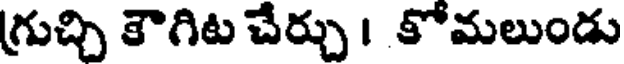
గ్రుచ్చి కౌగిట చేర్చు । కోమలుండు